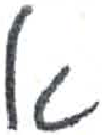
אות: א